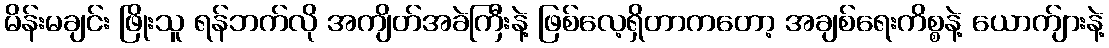
မိန်းမချင်း ဖြိုးသူ ရန်ဘက်လို အကျိတ်အခဲကြီးနဲ့ ဖြစ်လေ့ရှိတာကတော့ အချစ်ရေးကိစ္စနဲ့ ယောက်ျားနဲ့